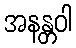
အနန္တဝါ